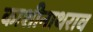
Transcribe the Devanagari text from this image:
काशीनाथराव